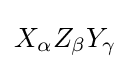
X_{\alpha }Z_{\beta }Y_{\gamma }